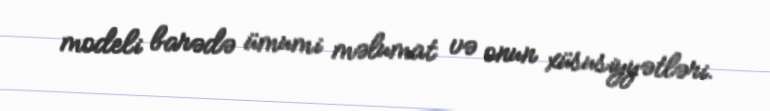
modeli barədə ümumi məlumat və onun xüsusiyyətləri.